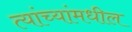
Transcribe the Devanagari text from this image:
त्यांच्यांमधील